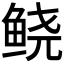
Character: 𲍑